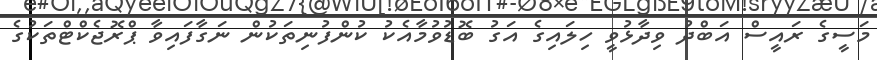
މަސީގެ ރައީސް އަބްދު ވިދާޅުވީ ހިލައިގެ އަގު ބޮޑުވުމާއެކު ކުންފުނިތަކުން ނަގާފައިވާ ޕްރޮޖެކްޓްތަކުގެ